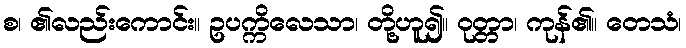
စ၊ ၏လည်းကောင်း။ ဥပက္ကိလေသာ၊ တို့ဟူ၍။ ဝုတ္တာ၊ ကုန်၏။ တေသံ၊